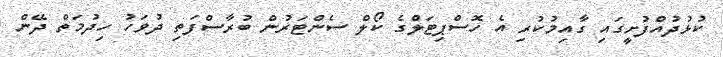
ކުޅުދުއްފުށީގައި ގާއިމުކުރި އެ ހޮސްޕިޓަލްގެ ކޯލް ސެންޓަރުން ބުރާސްފަތި ދުވަހު ހިދުމަތް ދޭން